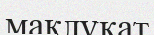
мақлұқат